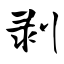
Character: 剥